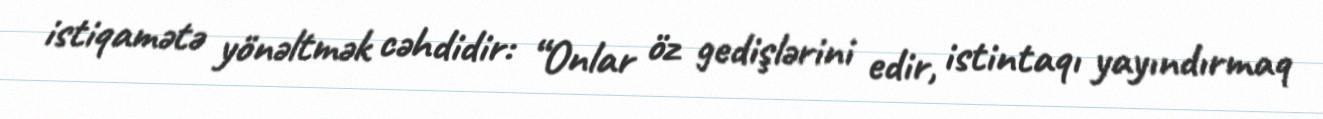
istiqamətə yönəltmək cəhdidir: “Onlar öz gedişlərini edir, istintaqı yayındırmaq